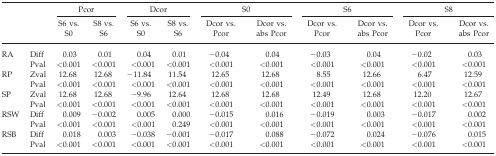
<table><thead><tr><td></td><td></td><td colspan="2"><b>Pcor</b></td><td colspan="2"><b>Dcor</b></td><td colspan="2"><b>S0</b></td><td colspan="2"><b>S6</b></td><td colspan="2"><b>S8</b></td></tr><tr><td></td><td></td><td><b>S6 vs. S0</b></td><td><b>S8 vs. S6</b></td><td><b>S6 vs. S0</b></td><td><b>S8 vs. S6</b></td><td><b>Dcor vs. Pcor</b></td><td><b>Dcor vs. abs Pcor</b></td><td><b>Dcor vs. Pcor</b></td><td><b>Dcor vs. abs Pcor</b></td><td><b>Dcor vs. Pcor</b></td><td><b>Dcor vs. abs Pcor</b></td></tr></thead><tbody><tr><td>RA</td><td>Diff</td><td>0.03</td><td>0.01</td><td>0.04</td><td>0.01</td><td>−0.04</td><td>0.04</td><td>−0.03</td><td>0.04</td><td>−0.02</td><td>0.03</td></tr><tr><td></td><td>Pval</td><td>&lt;0.001</td><td>&lt;0.001</td><td>&lt;0.001</td><td>&lt;0.001</td><td>&lt;0.001</td><td>&lt;0.001</td><td>&lt;0.001</td><td>&lt;0.001</td><td>&lt;0.001</td><td>&lt;0.001</td></tr><tr><td>RP</td><td>Zval</td><td>12.68</td><td>12.68</td><td>−11.84</td><td>11.54</td><td>12.65</td><td>12.68</td><td>8.55</td><td>12.66</td><td>6.47</td><td>12.59</td></tr><tr><td></td><td>Pval</td><td>&lt;0.001</td><td>&lt;0.001</td><td>&lt;0.001</td><td>&lt;0.001</td><td>&lt;0.001</td><td>&lt;0.001</td><td>&lt;0.001</td><td>&lt;0.001</td><td>&lt;0.001</td><td>&lt;0.001</td></tr><tr><td>SP</td><td>Zval</td><td>12.68</td><td>12.68</td><td>−9.96</td><td>12.64</td><td>12.68</td><td>12.68</td><td>12.49</td><td>12.68</td><td>12.20</td><td>12.67</td></tr><tr><td></td><td>Pval</td><td>&lt;0.001</td><td>&lt;0.001</td><td>&lt;0.001</td><td>&lt;0.001</td><td>&lt;0.001</td><td>&lt;0.001</td><td>&lt;0.001</td><td>&lt;0.001</td><td>&lt;0.001</td><td>&lt;0.001</td></tr><tr><td>RSW</td><td>Diff</td><td>0.009</td><td>−0.002</td><td>0.005</td><td>0.000</td><td>−0.015</td><td>0.016</td><td>−0.019</td><td>0.003</td><td>−0.017</td><td>0.002</td></tr><tr><td></td><td>Pval</td><td>&lt;0.001</td><td>&lt;0.001</td><td>&lt;0.001</td><td>0.249</td><td>&lt;0.001</td><td>&lt;0.001</td><td>&lt;0.001</td><td>&lt;0.001</td><td>&lt;0.001</td><td>&lt;0.001</td></tr><tr><td>RSB</td><td>Diff</td><td>0.018</td><td>0.003</td><td>−0.038</td><td>−0.001</td><td>−0.017</td><td>0.088</td><td>−0.072</td><td>0.024</td><td>−0.076</td><td>0.015</td></tr><tr><td></td><td>Pval</td><td>&lt;0.001</td><td>&lt;0.001</td><td>&lt;0.001</td><td>&lt;0.001</td><td>&lt;0.001</td><td>&lt;0.001</td><td>&lt;0.001</td><td>&lt;0.001</td><td>&lt;0.001</td><td>&lt;0.001</td></tr></tbody></table>